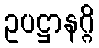
ဥပဋ္ဌာနဂ္ဂိ